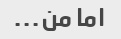
اما من...